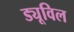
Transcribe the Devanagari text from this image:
ड्यूविल